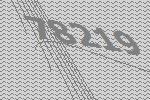
78219